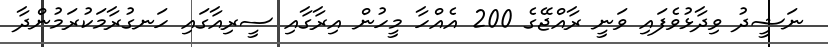
ނަޝީދު ވިދާޅުވެފައި ވަނީ ރާއްޖޭގެ 200 އެއްހާ މީހުން އިރާގާއި ސީރިއާގައި ހަނގުރާމަކުރަމުންދާ